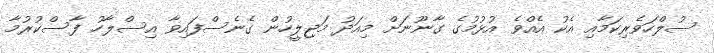
ސުލްހަވެރިކަމާއި އެކު އެއްވެ އުޅުމުގެ ގާނޫނަށް މިއަދު މަޖިލީހުން ގެނެސްފައިވާ އިސްލާހު ފާސްކުރުމާ